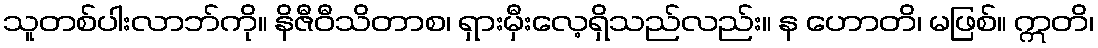
သူတစ်ပါးလာဘ်ကို။ နိဇီဝီသိတာစ၊ ရှားမှီးလေ့ရှိသည်လည်း။ န ဟောတိ၊ မဖြစ်။ ဣတိ၊